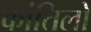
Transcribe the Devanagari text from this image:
कांतिलो